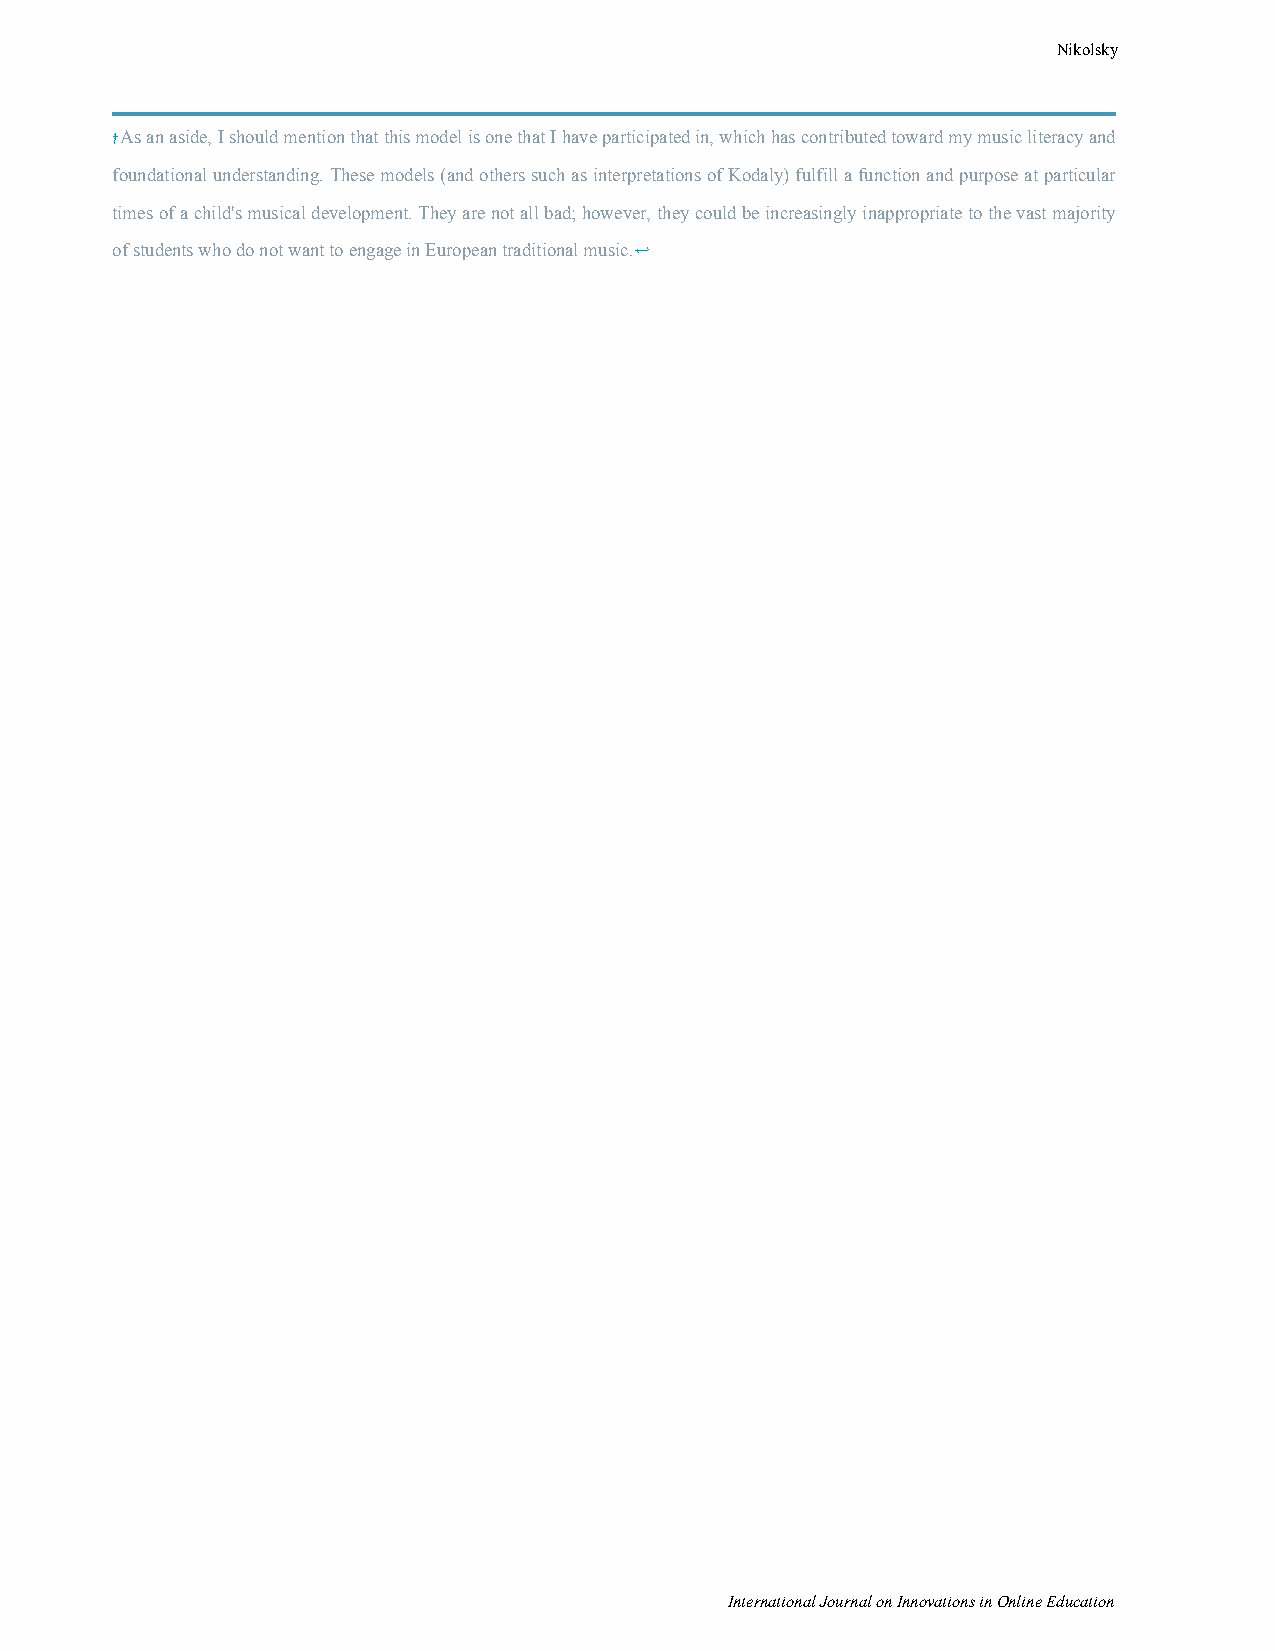
Nikolsky
 † As an aside, I should mention that this model is one that I have participated in, which has contributed toward my music literacy and
 foundational understanding. These models (and others such as interpretations of Kodaly) fulfill a function and purpose at particular
 times of a child's musical development. They are not all bad; however, they could be increasingly inappropriate to the vast majority
 of students who do not want to engage in European traditional music.↩
 International Journal on Innovations in Online Education